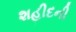
શહીદની